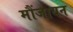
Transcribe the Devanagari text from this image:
मौंजायन